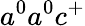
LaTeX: a^{0}a^{0}c^{+}